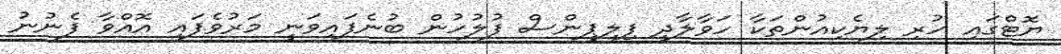
ޔޮޓްގައި ހުރި ލިޔެކިއުންތަކާ ހަވާލާދީ ފިލިޕީންސް ފުލުހުން ބުނެފައިވަނީ މަރުވެފައި އޮއްވާ ފެނުނު